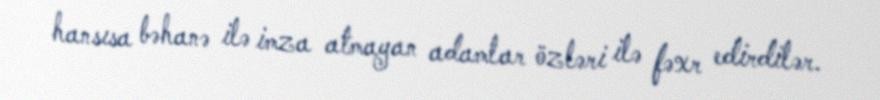
hansısa bəhanə ilə imza atmayan adamlar özləri ilə fəxr edirdilər.